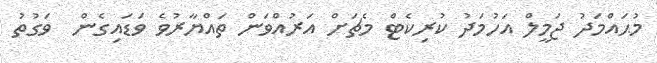
މުޙައްމަދު ޖަމީލް އަހުމަދު ކުރިކެޓް މެޗަށް އަރުއްވަން ތައްޔާރުވެ ވަޑައިގެން  ވަގުތު